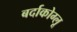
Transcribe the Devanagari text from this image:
बर्दाकोग्लू